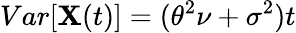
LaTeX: Var[\mathbf{X}(t)]=(\theta^{2}\nu+\sigma^{2})t